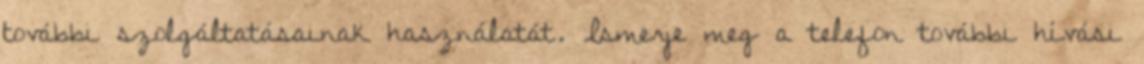
további szolgáltatásainak használatát. Ismerje meg a telefon további hívási